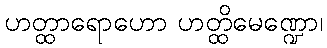
ဟတ္ထာရောဟော ဟတ္ထိမေဏ္ဍော၊